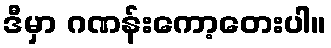
ဒီမှာ ဂဏန်းကော့တေးပါ။